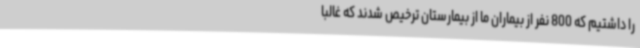
را داشتیم که 800 نفر از بیماران ما از بیمارستان ترخیص شدند که غالبا